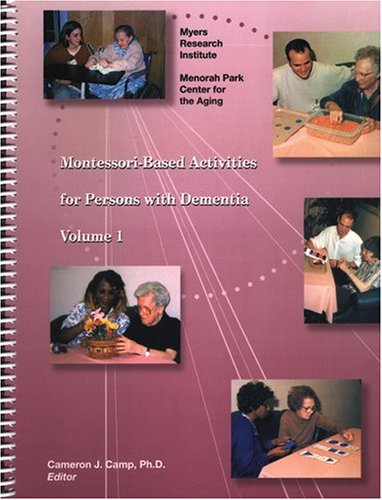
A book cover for Montessori-Based Activities for Persons with Dementia, Vol 1; Cameron J. Camp; Self-Help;